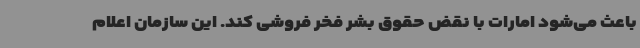
باعث می‌شود امارات با نقض حقوق بشر فخر فروشی کند. این سازمان اعلام